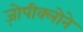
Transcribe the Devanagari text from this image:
ज़ोपीक्लोने